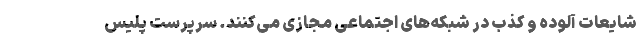
شایعات آلوده و کذب در شبکه‌های اجتماعی مجازی می‌کنند. سرپرست پلیس